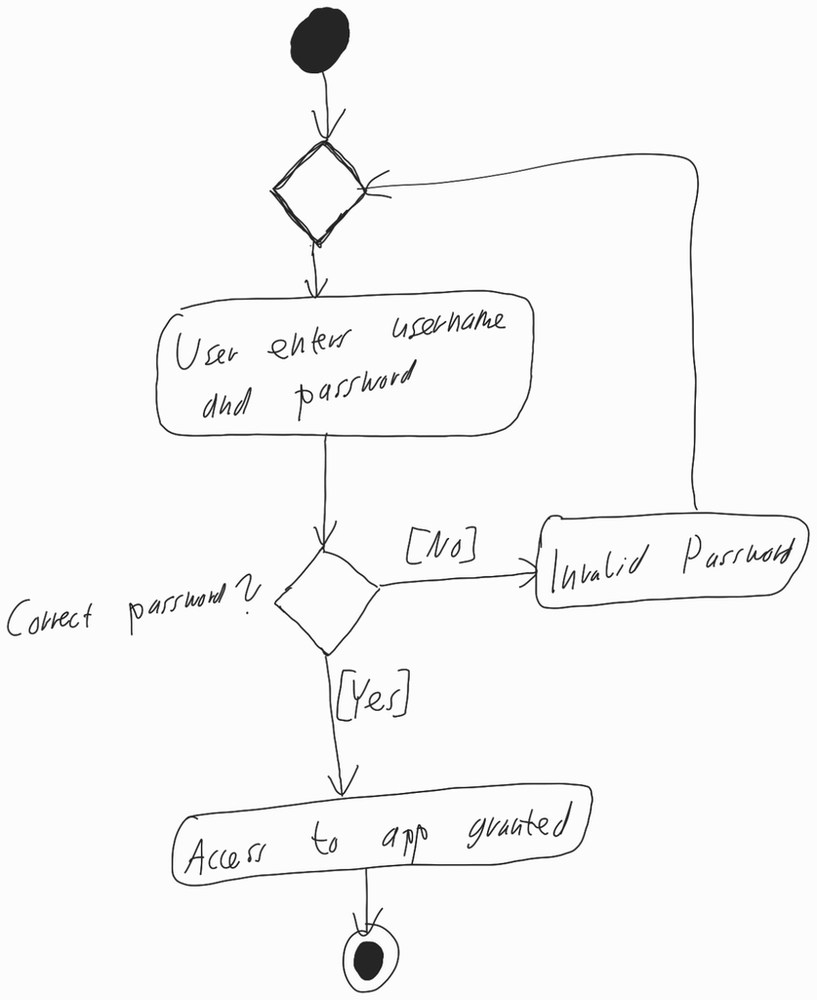
Diagram type: activity_diagram
```plantuml
@startuml

start

repeat
  :User enters username and password;
repeat while (Correct password?) is ([No]) not ([Yes])

:Access to app granted;

stop

@enduml
```